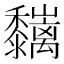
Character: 𪐑